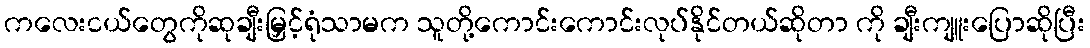
ကလေးငယ်တွေကိုဆုချီးမြှင့်ရုံသာမက သူတို့ကောင်းကောင်းလုပ်နိုင်တယ်ဆိုတာ ကို ချီးကျူးပြောဆိုပြီး